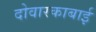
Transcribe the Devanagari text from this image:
दोवारकाबाई